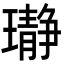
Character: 𬎛